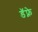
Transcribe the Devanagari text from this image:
डॅफ्ने